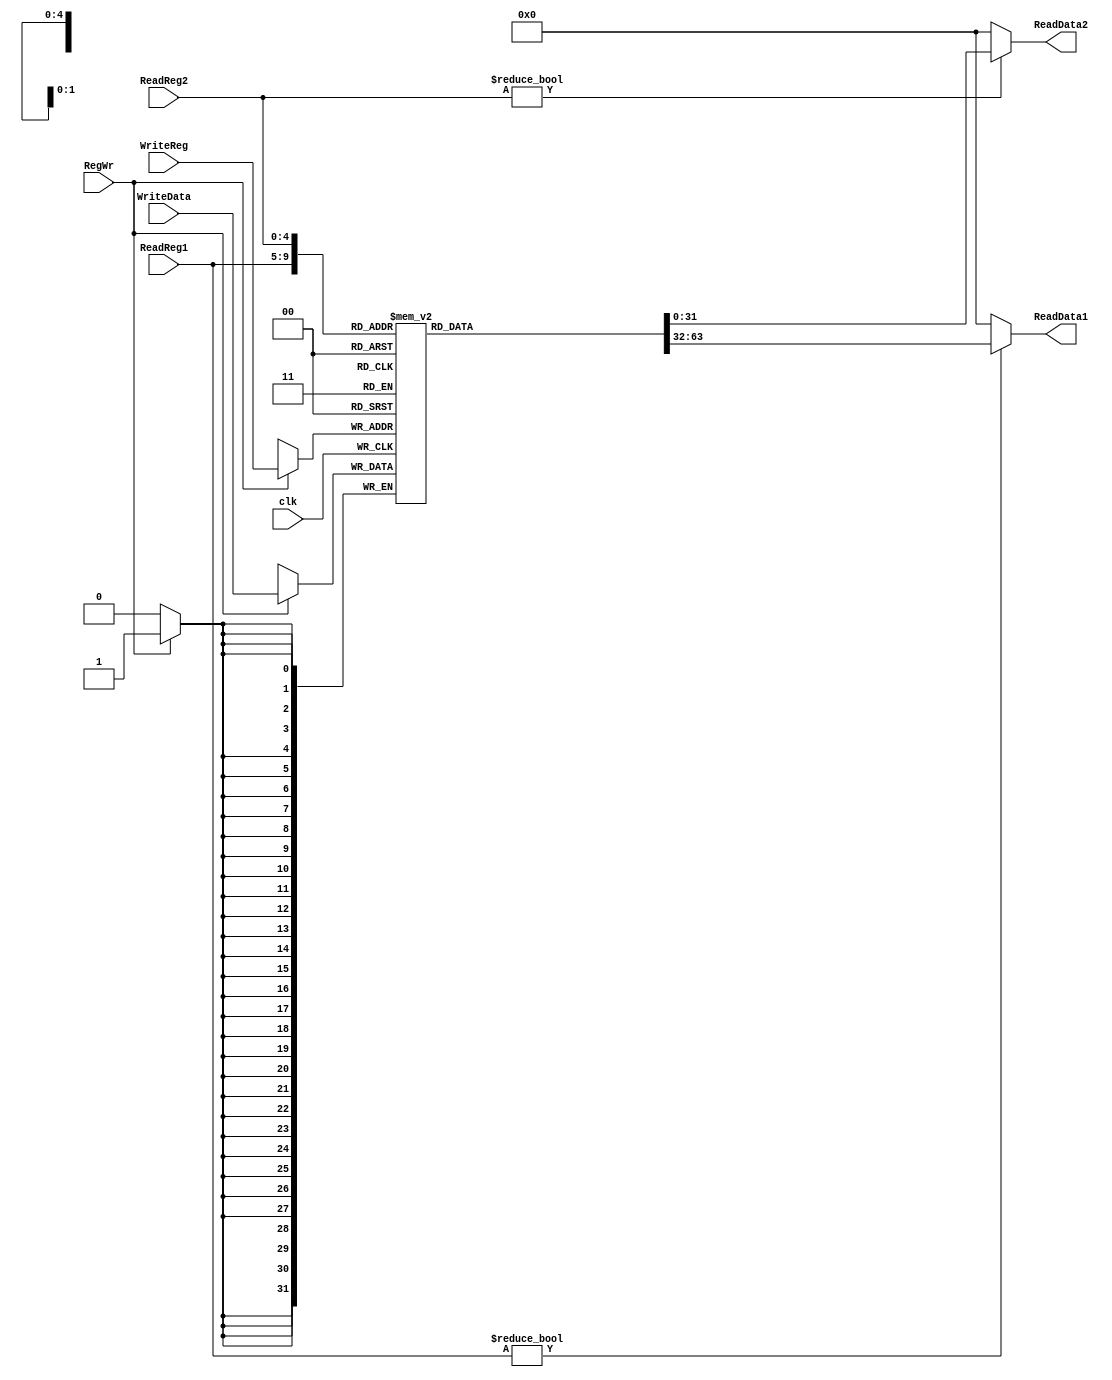
module Registers(
    input clk,
    input RegWr,
    input [4:0] ReadReg1,
    input [4:0] ReadReg2,
    input [4:0] WriteReg,
    input [31:0] WriteData,
    output reg [31:0] ReadData1,
    output reg [31:0] ReadData2
);

reg [31:0] registers [1:31];
integer i;

initial begin
    for(i = 1; i <= 31; i=i+1) begin
        registers[i] <= 0;
    end
end

always @(*) begin
    if(ReadReg1)
        ReadData1<=registers[ReadReg1];
    else
        ReadData1<=0;
    if(ReadReg2)
        ReadData2<=registers[ReadReg2];
    else
        ReadData2<=0;
end

always @(negedge clk) begin
    if(RegWr)
        registers[WriteReg]<=WriteData;
end

endmodule